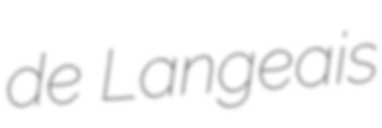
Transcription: de Langeais